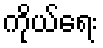
ကိုယ်ရေး